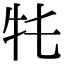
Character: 𤘛